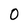
Character: O